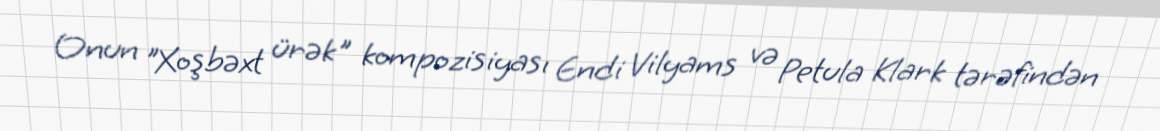
Onun "Xoşbəxt ürək" kompozisiyası Endi Vilyams və Petula Klark tərəfindən